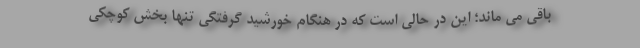
باقی می ماند؛ این در حالی است که در هنگام خورشید گرفتگی تنها بخش کوچکی